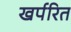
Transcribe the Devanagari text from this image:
खर्परित